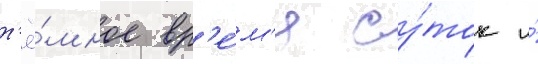
т'ё́мное вр'е́м'я су́ток и́